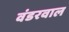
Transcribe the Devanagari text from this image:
वंडरवाल